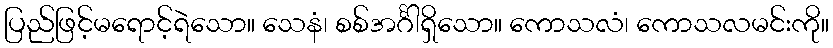
ပြည်ဖြင့်မရောင့်ရဲသော။ သေနံ၊ စစ်အင်္ဂါရှိသော။ ကောသလံ၊ ကောသလမင်းကို။